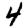
Digit: 4